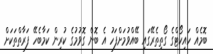
ބޮމެއް ހައިކޯޓްގެ ގޯތިތެރޭގައި ބޭއްވުމަށްފަހު އެ ބޮން ގޮވުމުގެ ކުރިން ކަމާބެހޭ ފަރާތްތަކަށް